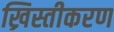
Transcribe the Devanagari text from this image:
ख्रिस्तीकरण